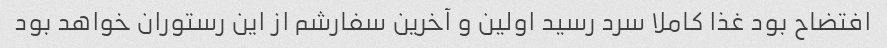
افتضاح بود غذا کاملا سرد رسید اولین و آخرین سفارشم از این رستوران خواهد بود